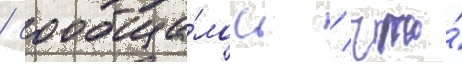
/ сообща́лось / что́